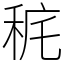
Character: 䅊